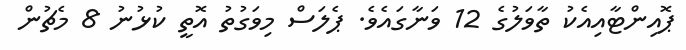
ޕޮއިންޓާއިއެކު ތާވަލުގެ 12 ވަނާގައެވެ. ޕެލަސް މިވަގުތު އޮތީ ކުޅުނު 8 މެޗުން